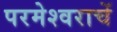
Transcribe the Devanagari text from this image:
परमेश्वराचें